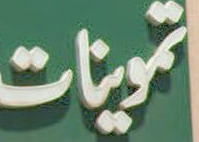
تموينات